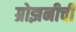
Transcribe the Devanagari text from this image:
ग्रोझनीची